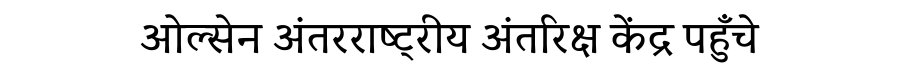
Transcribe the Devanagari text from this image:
ओल्सेन अंतरराष्ट्रीय अंतरिक्ष केंद्र पहुँचे